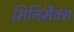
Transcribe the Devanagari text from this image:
मिनिमैक्स